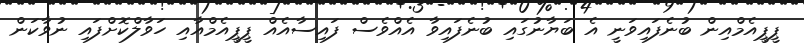
ޕީޕީއެމްއިން ބުނެފައިވަނީ އެ ބަޔާނުގައި ބުނެފައިވާ އެއްވެސް ފައިސާއެއް ޕީޕީއެމްއާއި ހަވާލްކޮށްފައި ނުވާކަން